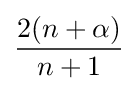
{\frac {2(n+\alpha )}{n+1}}